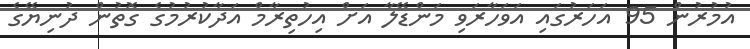
އުމުރުން 95 އަހަރުގައި އަވަހާރަވި މަންޑޭލާ އަށް އިހުތިރާމް އަދާކުރުމުގެ ގޮތުން ދުނިޔޭގެ